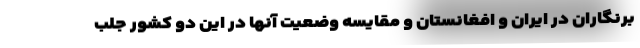
برنگاران در ایران و افغانستان و مقایسه وضعیت آنها در این دو کشور جلب